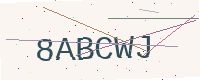
Text: 8ABCWJ